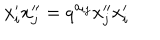
LaTeX: { x } _ { i } ^ { \prime } { x } _ { j } ^ { \prime \prime } = q ^ { a _ { i j } } { x } _ { j } ^ { \prime \prime } { x } _ { i } ^ { \prime }